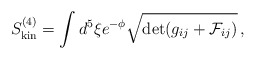
\begin{align*} S^{(4)}_{{\rm kin}} = \int d^5\xi e^{-\phi}\sqrt{\det(g_{ij}+{\cal F}_{ij})}\,,\end{align*}